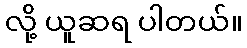
လို့ ယူဆရ ပါတယ်။